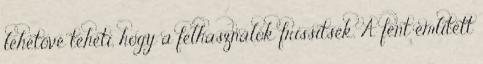
lehetővé teheti, hogy a felhasználók frissítsék. A fent említett